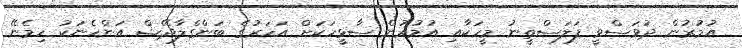
އުމުރުން ދުވަސްވީ ފަލަސްތީނު މީހަކާއި އުމުރުން ސާޅީހަކަށް އަހަރުގެ ބަންގްލާދޭޝް އަންހެނަކު ހިމެނޭ